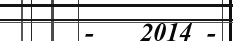
-   2014 -